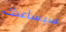
سيساعدك